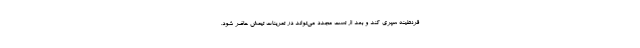
قرنطینه سپری کند و بعد از تست مجدد می‌تواند در تمرینات تیمش حاضر شود.